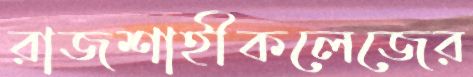
রাজশাহীকলেজের